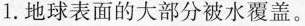
1.地球表面的大部分被水覆盖。